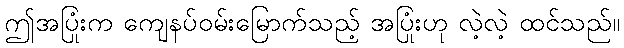
ဤအပြုံးက ကျေနပ်ဝမ်းမြောက်သည့် အပြုံးဟု လဲ့လဲ့ ထင်သည်။